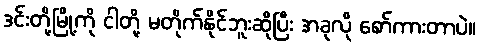
ဒင်းတို့မြို့ကို ငါတို့ မတိုက်နိုင်ဘူးဆိုပြီး အခုလို စော်ကားတာပဲ။